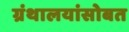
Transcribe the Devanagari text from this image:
ग्रंथालयांसोबत